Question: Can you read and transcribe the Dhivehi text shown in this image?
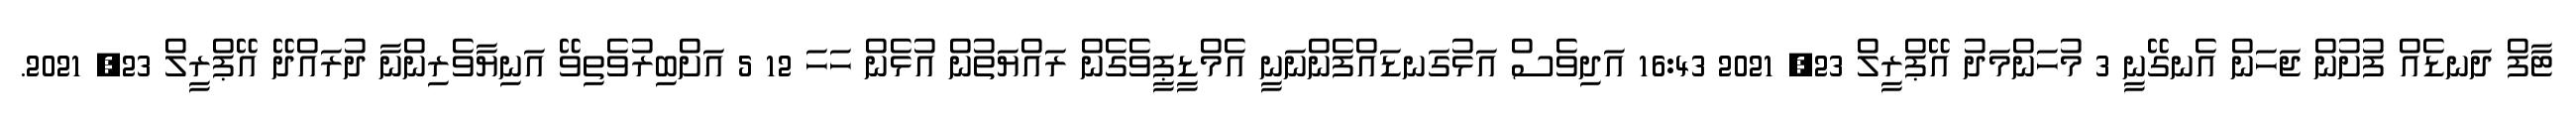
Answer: ޓާފް ދަނޑެއް ފުށުން ޖަހަން އެނގޭނީ 3 މުހަންމަދު އޭޕްރީލް 23, 2021 16:43 އަދިވެސް އަޅުގަނޑައްފެންނަނީ އެމްޑީޕީވެގެން ރައްޔަތުން އުޅެން ހަހަ 12 5 އަށްބިރުވެތިވޭ އަނިޔާވެރިންނާ ދުރައްދޭ އޭޕްރީލް 23, 2021.